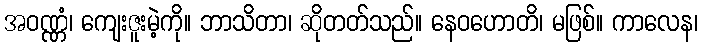
အဝဏ္ဏံ၊ ကျေးဇူးမဲ့ကို။ ဘာသိတာ၊ ဆိုတတ်သည်။ နေဝဟောတိ၊ မဖြစ်။ ကာလေန၊